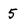
Character: 5